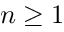
n \ge 1